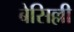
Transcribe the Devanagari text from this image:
बेसिल्ली